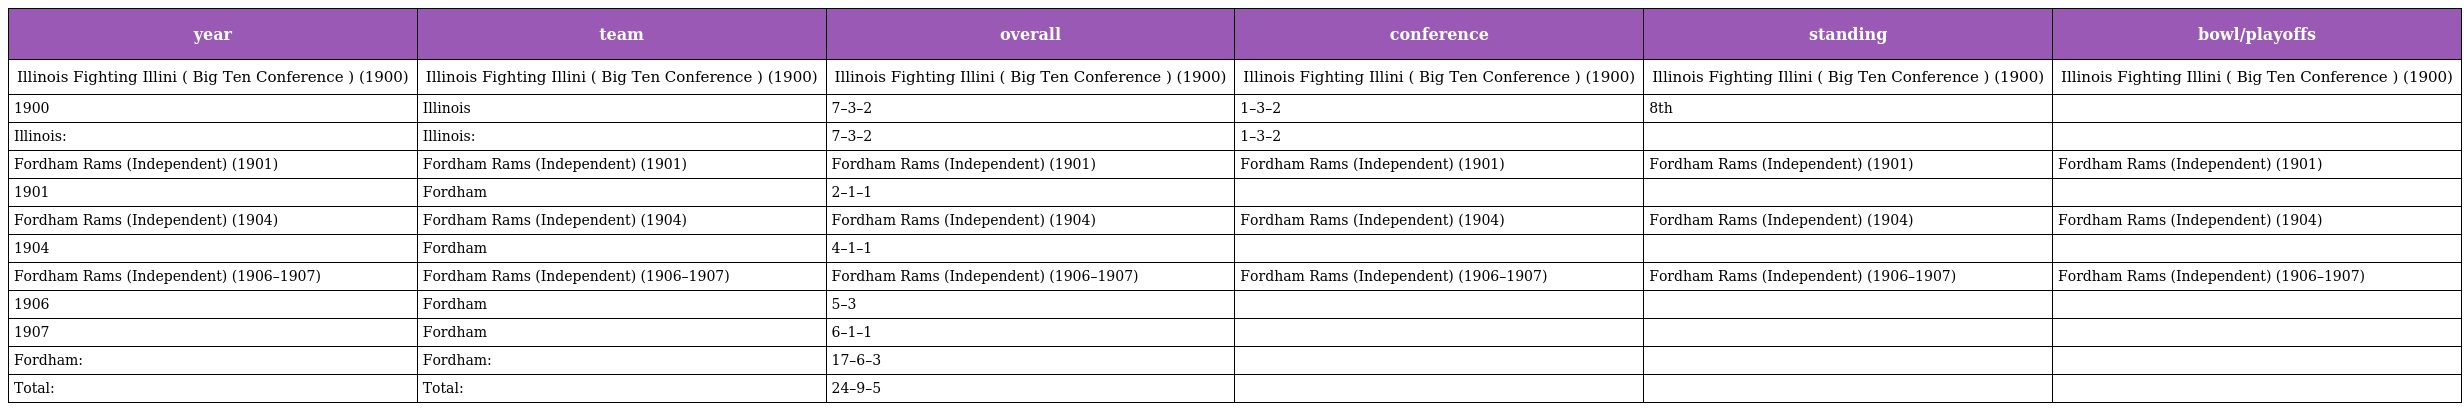
| year | team | overall | conference | standing | bowl/playoffs |
 | --- | --- | --- | --- | --- | --- |
 | Illinois Fighting Illini ( Big Ten Conference ) (1900) | Illinois Fighting Illini ( Big Ten Conference ) (1900) | Illinois Fighting Illini ( Big Ten Conference ) (1900) | Illinois Fighting Illini ( Big Ten Conference ) (1900) | Illinois Fighting Illini ( Big Ten Conference ) (1900) | Illinois Fighting Illini ( Big Ten Conference ) (1900) |
 | 1900 | Illinois | 7–3–2 | 1–3–2 | 8th |  |
 | Illinois: | Illinois: | 7–3–2 | 1–3–2 |  |  |
 | Fordham Rams (Independent) (1901) | Fordham Rams (Independent) (1901) | Fordham Rams (Independent) (1901) | Fordham Rams (Independent) (1901) | Fordham Rams (Independent) (1901) | Fordham Rams (Independent) (1901) |
 | 1901 | Fordham | 2–1–1 |  |  |  |
 | Fordham Rams (Independent) (1904) | Fordham Rams (Independent) (1904) | Fordham Rams (Independent) (1904) | Fordham Rams (Independent) (1904) | Fordham Rams (Independent) (1904) | Fordham Rams (Independent) (1904) |
 | 1904 | Fordham | 4–1–1 |  |  |  |
 | Fordham Rams (Independent) (1906–1907) | Fordham Rams (Independent) (1906–1907) | Fordham Rams (Independent) (1906–1907) | Fordham Rams (Independent) (1906–1907) | Fordham Rams (Independent) (1906–1907) | Fordham Rams (Independent) (1906–1907) |
 | 1906 | Fordham | 5–3 |  |  |  |
 | 1907 | Fordham | 6–1–1 |  |  |  |
 | Fordham: | Fordham: | 17–6–3 |  |  |  |
 | Total: | Total: | 24–9–5 |  |  |  |